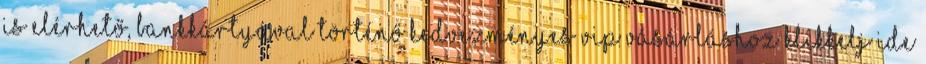
is elérhető, bankkártyával történő kedvezményes VIP vásárláshoz klikkelj ide